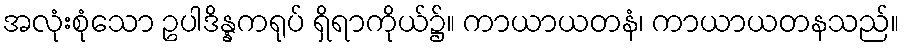
အလုံးစုံသော ဥပါဒိန္နကရုပ် ရှိရာကိုယ်၌။ ကာယာယတနံ၊ ကာယာယတနသည်။